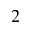
^ 2